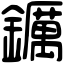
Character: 𨯅